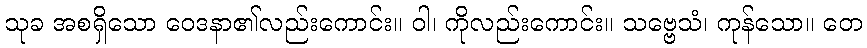
သုခ အစရှိသော ဝေဒနာ၏လည်းကောင်း။ ဝါ၊ ကိုလည်းကောင်း။ သဗ္ဗေသံ၊ ကုန်သော။ တေ